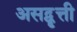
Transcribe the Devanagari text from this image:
असद्वृत्ती